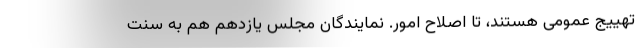
تهییج عمومی هستند، تا اصلاح امور. نمایندگان مجلس یازدهم هم به سنت